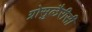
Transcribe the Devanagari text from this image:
ग्रोसुलैरीसी